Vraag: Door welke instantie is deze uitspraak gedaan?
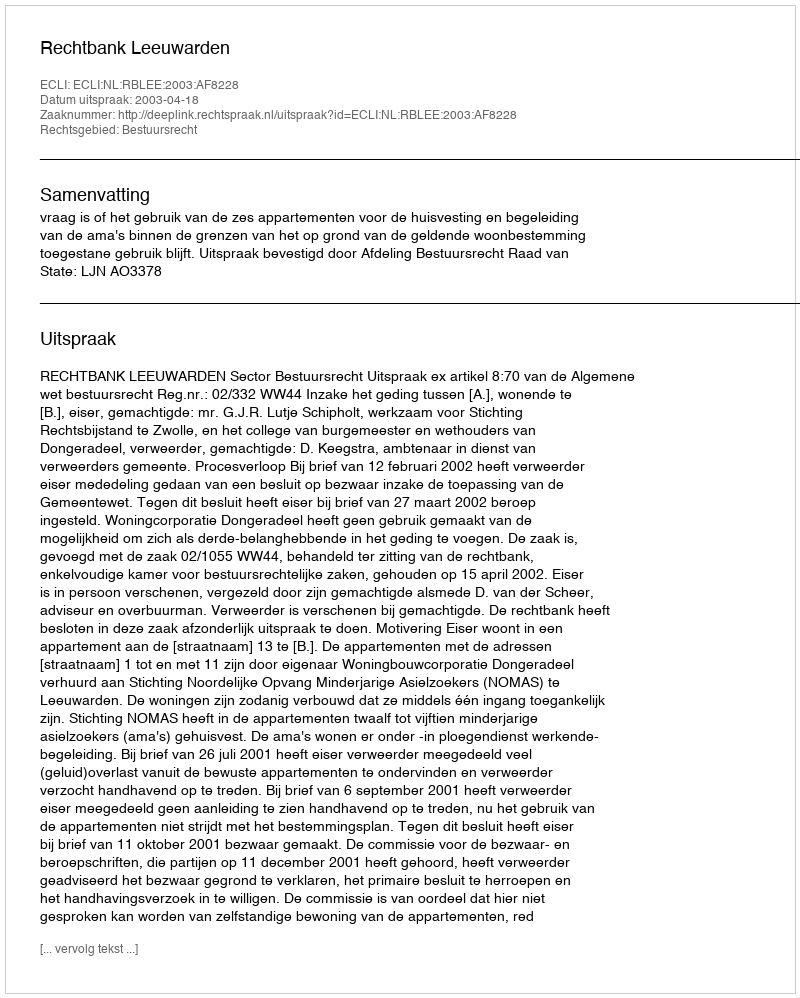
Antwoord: Rechtbank Leeuwarden